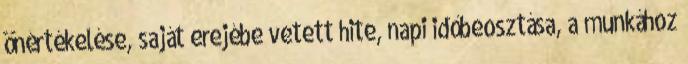
önértékelése, saját erejébe vetett hite, napi időbeosztása, a munkához